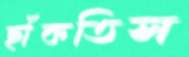
ছাঁকতিস